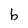
Character: b